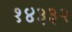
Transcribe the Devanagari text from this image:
१४३३२